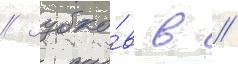
// Зубко́в в //